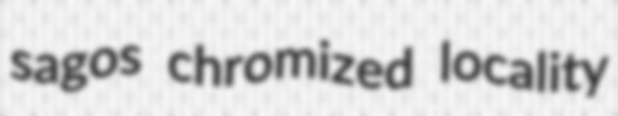
sagos chromized locality